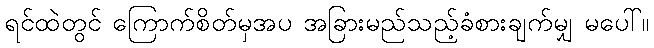
ရင်ထဲတွင် ကြောက်စိတ်မှအပ အခြားမည်သည့်ခံစားချက်မျှ မပေါ်။